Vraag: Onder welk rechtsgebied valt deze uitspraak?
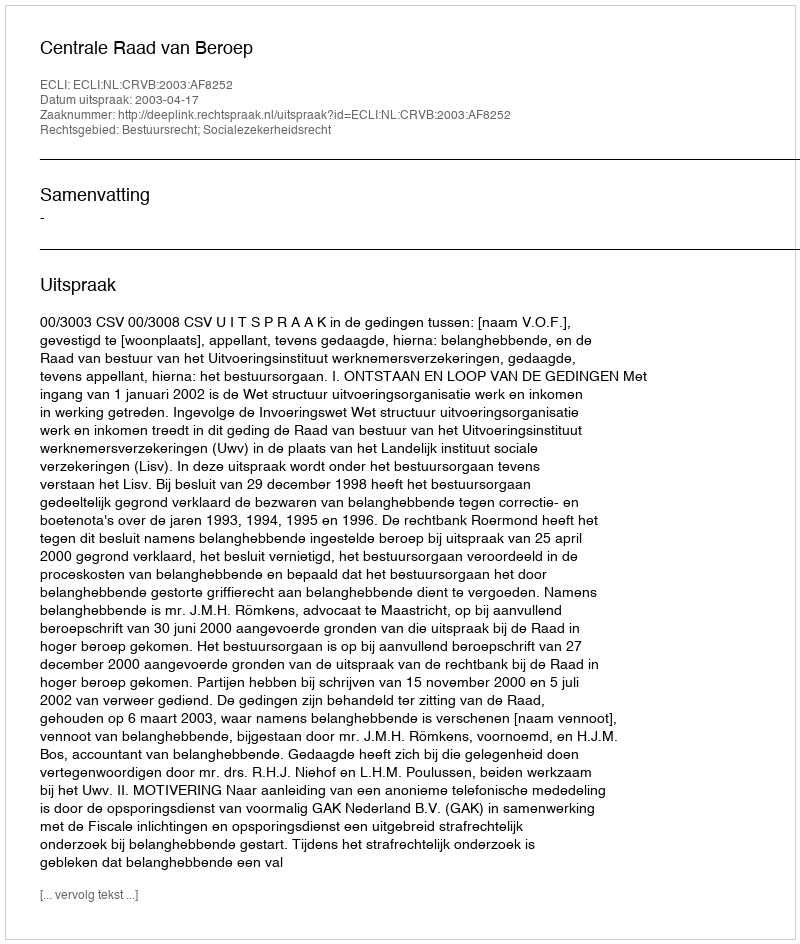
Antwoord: Bestuursrecht; Socialezekerheidsrecht